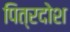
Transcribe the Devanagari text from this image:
पित्रदोश